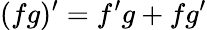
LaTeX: (fg)^{\prime}=f^{\prime}g+fg^{\prime}